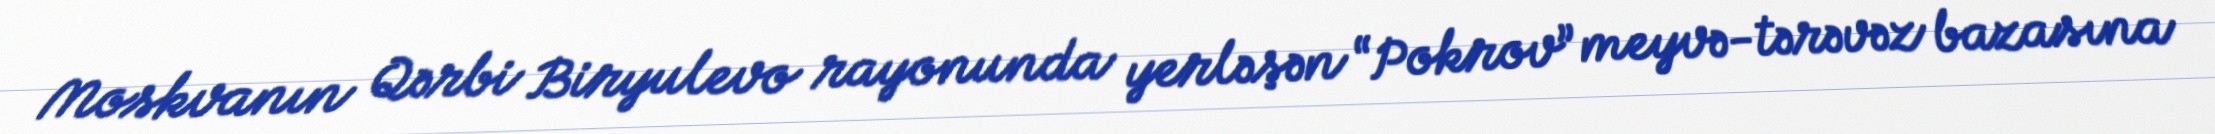
Moskvanın Qərbi Biryulevo rayonunda yerləşən “Pokrov” meyvə-tərəvəz bazasına